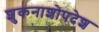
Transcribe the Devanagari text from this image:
शुकनाशोपदेश